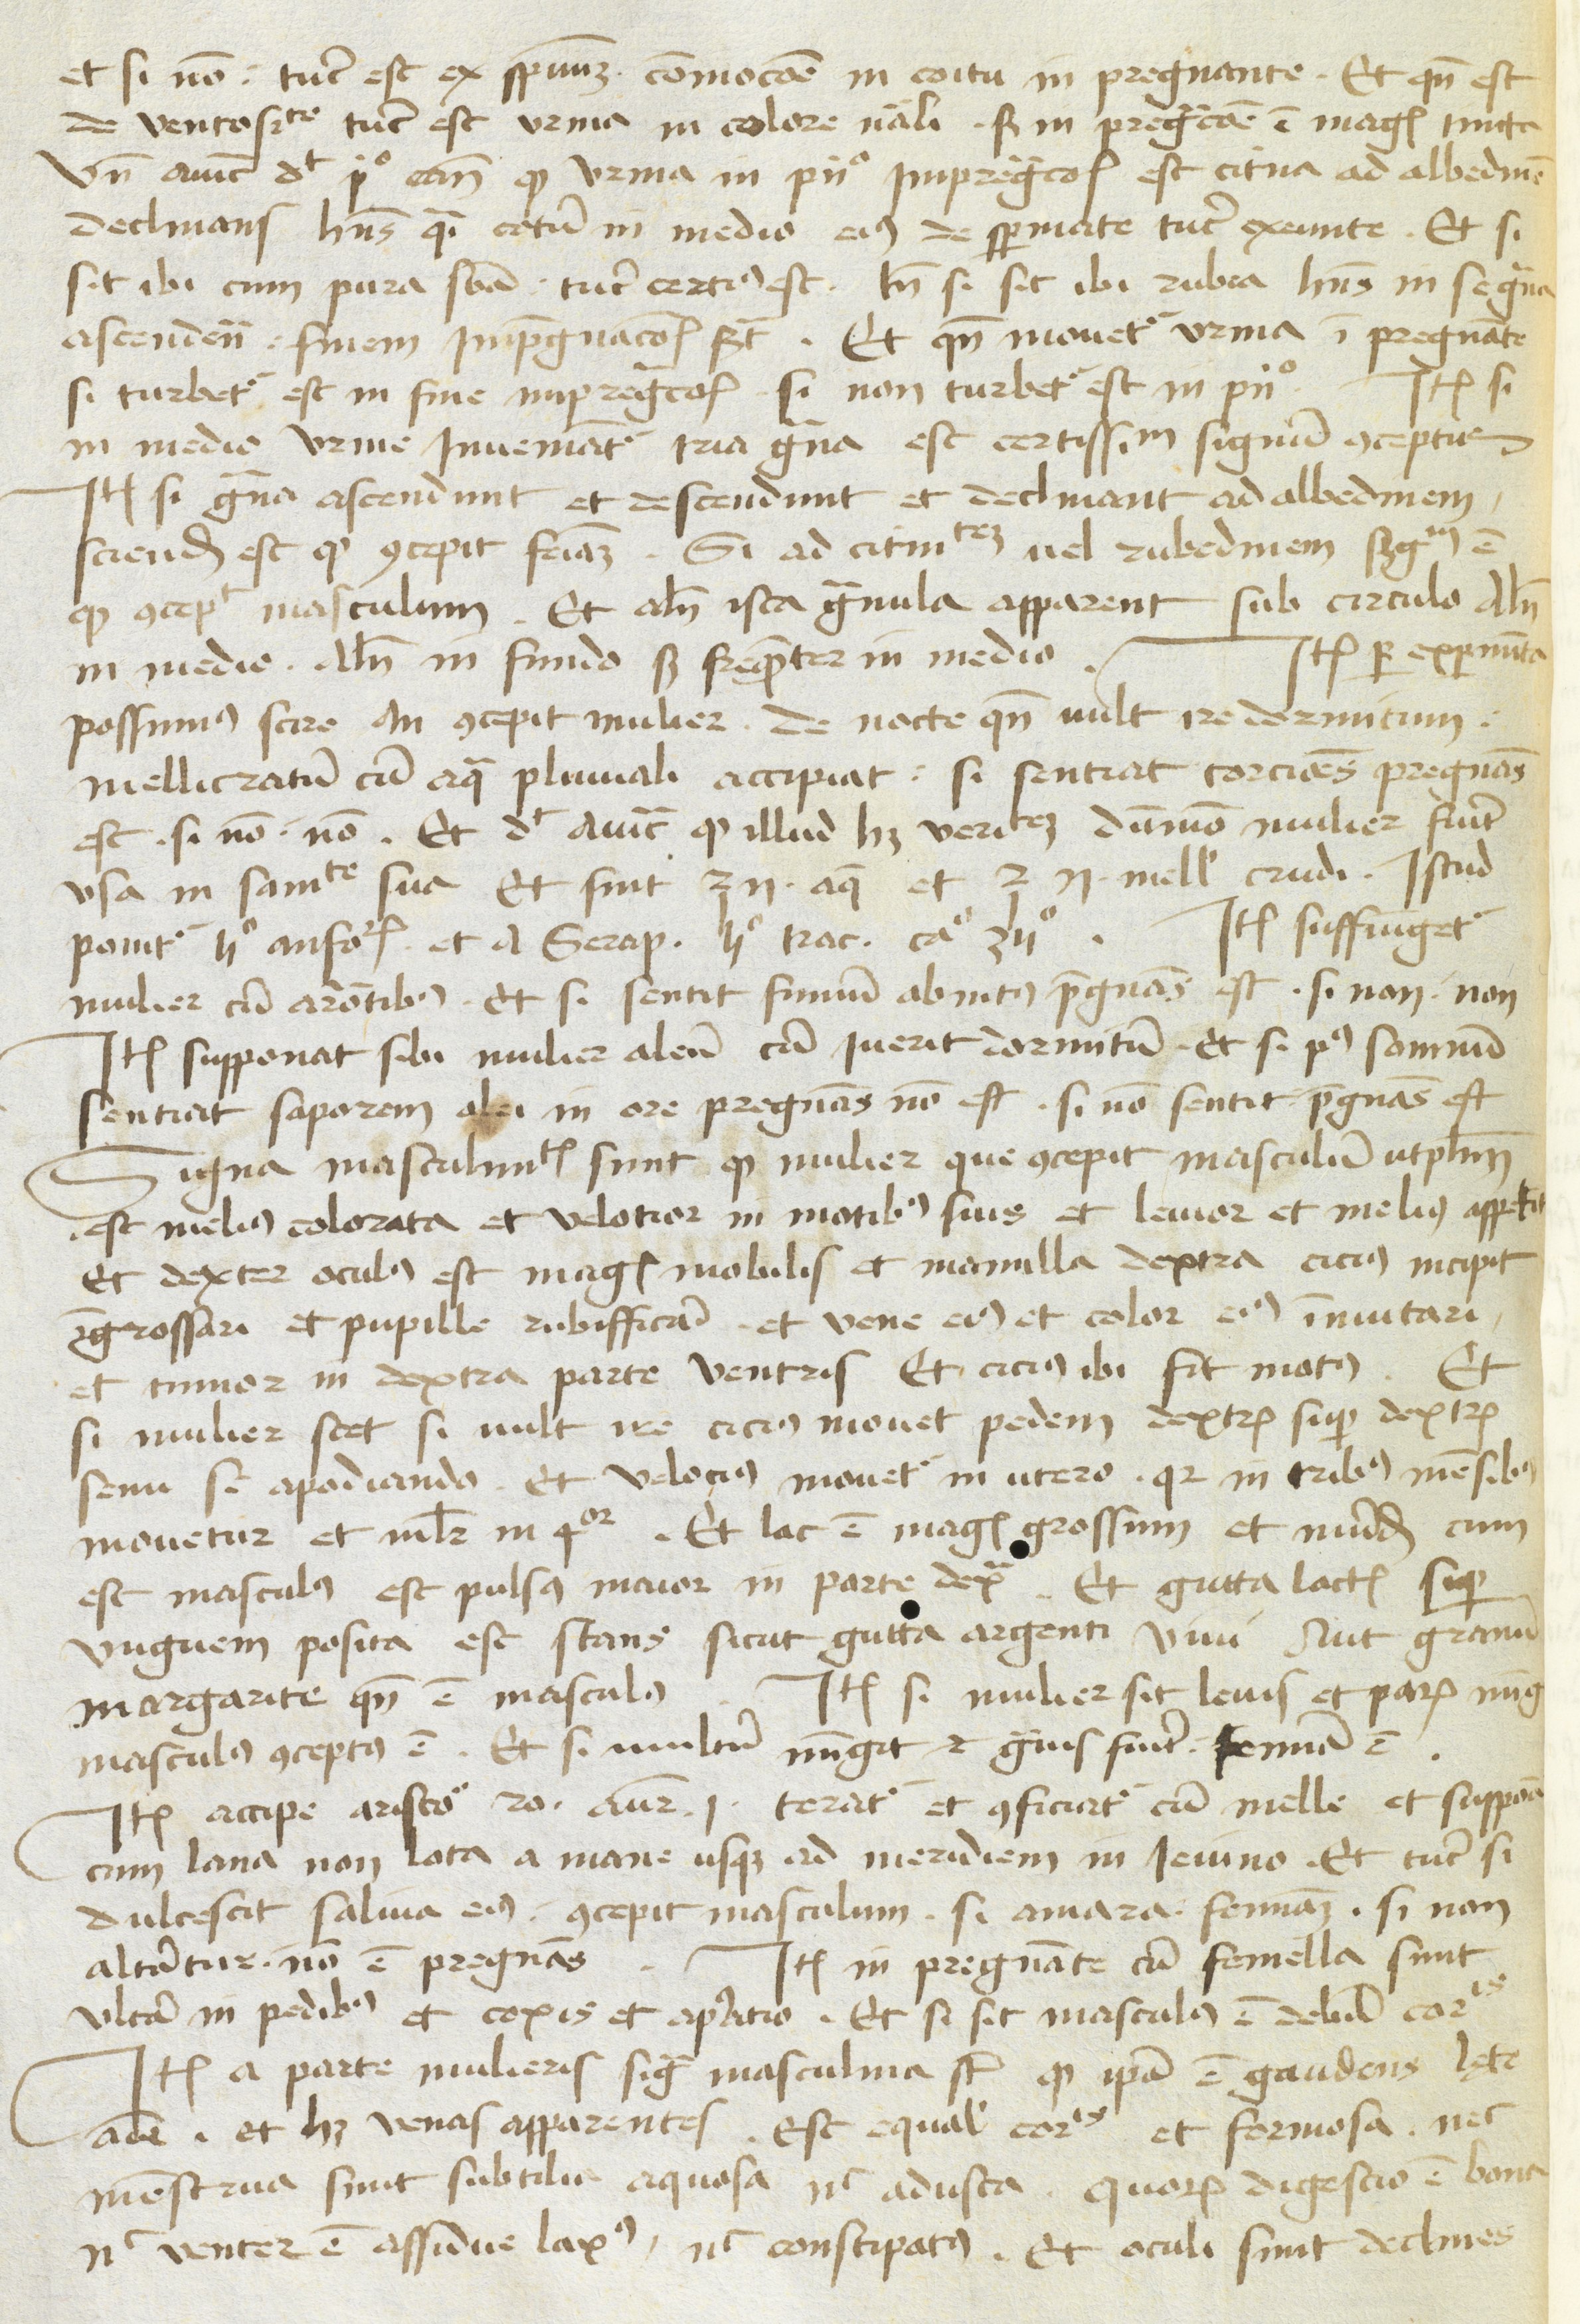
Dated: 1480–1470